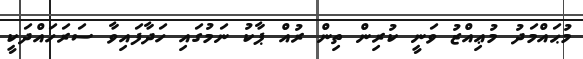
މުޙައްމަދު މުޢިއްޒު ވަނީ ކުރިން ތިން ރުއް ޕާކު ނަމުގައި ހަދާފައިވާ ސަރަހައްދަކީ